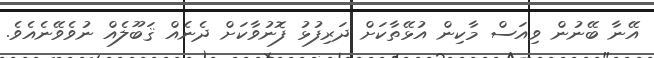
އޭނާ ބޭނުން ވިއަސް މާކިން އުޅޭތާކަށް ދަރިފުުޅު ފޮނުވާކަށް ދެނެއް ޤަބޫލެއް ނުވެވޭނެއެވެ.